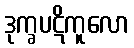
ဒုက္ခပဋိကူလော